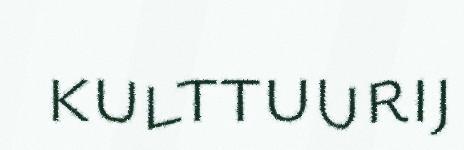
kulttuurij